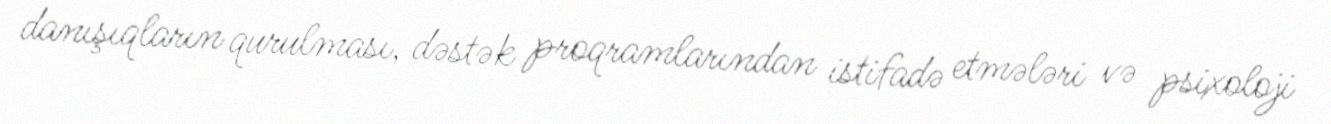
danışıqların qurulması, dəstək proqramlarından istifadə etmələri və psixoloji